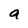
Character: a